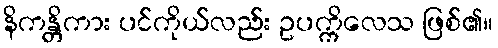
နိကန္တိကား ပင်ကိုယ်လည်း ဥပက္ကိလေသ ဖြစ်၏။